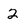
Character: 2